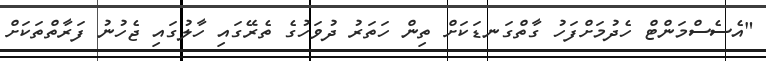
"އެސެސްމަންޓް ހެދުމަށްފަހު ގާތްގަނޑަކަށް ތިން ހަތަރު ދުވަހުގެ ތެރޭގައި ހާލުގައި ޖެހުނު ފަރާތްތަކަށް